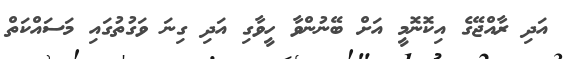
އަދި ރާއްޖޭގެ އިކޮނޮމީ އަށް ބޭނުންވާ ހީވާގި އަދި ގިނަ ވަގުތުގައި މަސައްކަތް